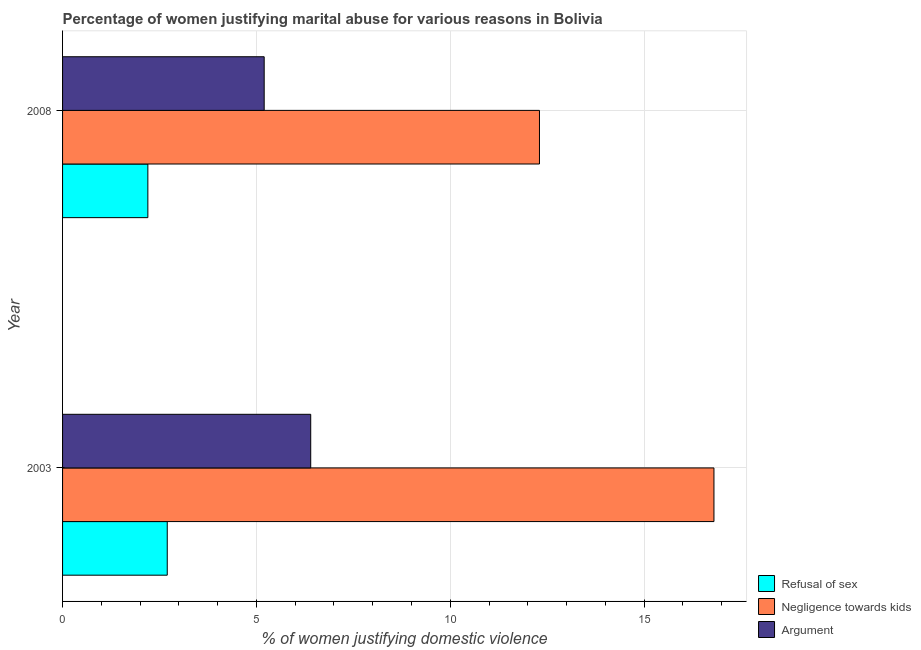
| Year | Refusal of sex | Negligence towards kids | Argument |
 | --- | --- | --- | --- |
 | 2003 | 2.7 | 16.8 | 6.4 |
 | 2008 | 2.2 | 12.3 | 5.2 |